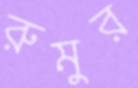
রুমুর